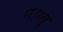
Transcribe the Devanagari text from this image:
नाम्बु